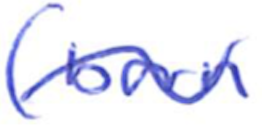
Text: (born
Cross-out: wave
Writing tool: ballpoint